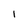
Character: I